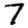
Digit: 7